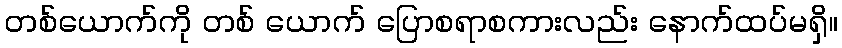
တစ်ယောက်ကို တစ် ယောက် ပြောစရာစကားလည်း နောက်ထပ်မရှိ။